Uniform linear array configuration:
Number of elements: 48
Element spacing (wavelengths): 0.5
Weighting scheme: cosine
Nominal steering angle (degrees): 0
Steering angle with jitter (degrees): -1.795
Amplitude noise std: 0.05
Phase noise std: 0.05

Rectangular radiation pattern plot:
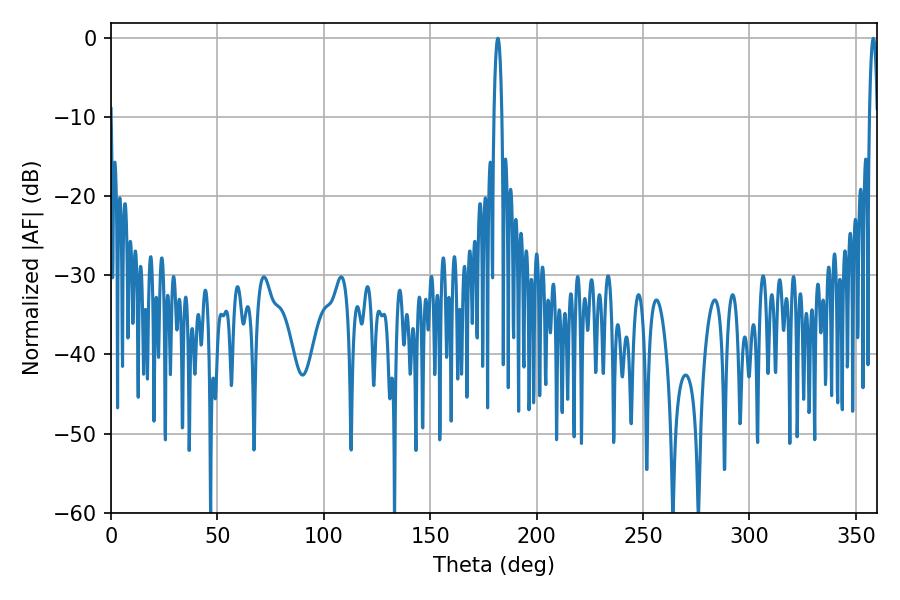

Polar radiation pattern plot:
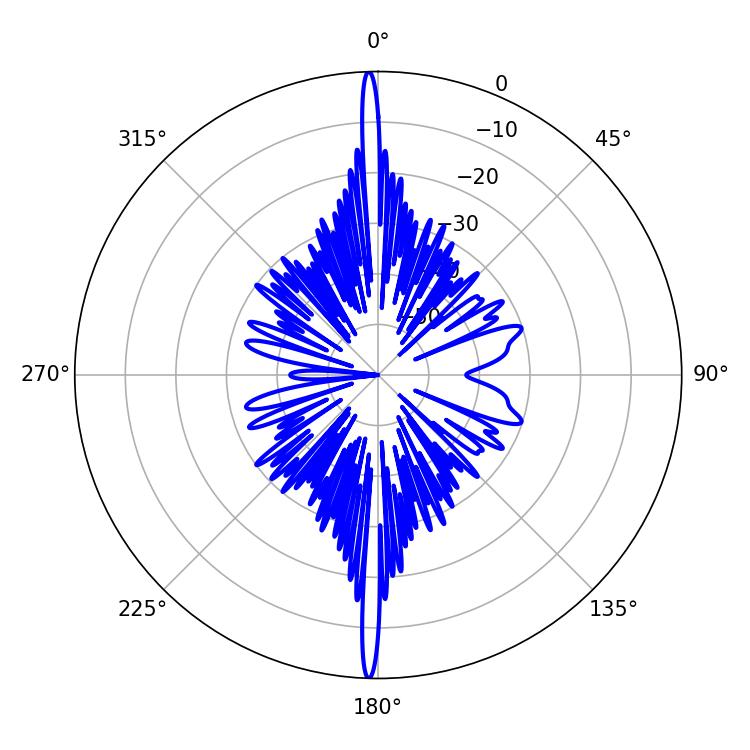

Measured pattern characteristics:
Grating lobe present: FALSE
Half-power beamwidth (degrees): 2.16
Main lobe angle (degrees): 181.8